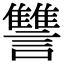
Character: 讐